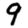
Digit: 9